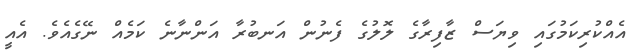
އެއްކުރިކަމުގައި ވިޔަސް ޒާފިރާގެ ލޮލުގެ ފެނުން އަނބުރާ އަންނާނެ ކަމެއް ނޭގެއެވެ. އެއީ